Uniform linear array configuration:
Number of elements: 64
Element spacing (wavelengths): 0.5
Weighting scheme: blackman
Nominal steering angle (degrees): -60
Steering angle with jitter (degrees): -58.86
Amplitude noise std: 0.05
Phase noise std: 0.05

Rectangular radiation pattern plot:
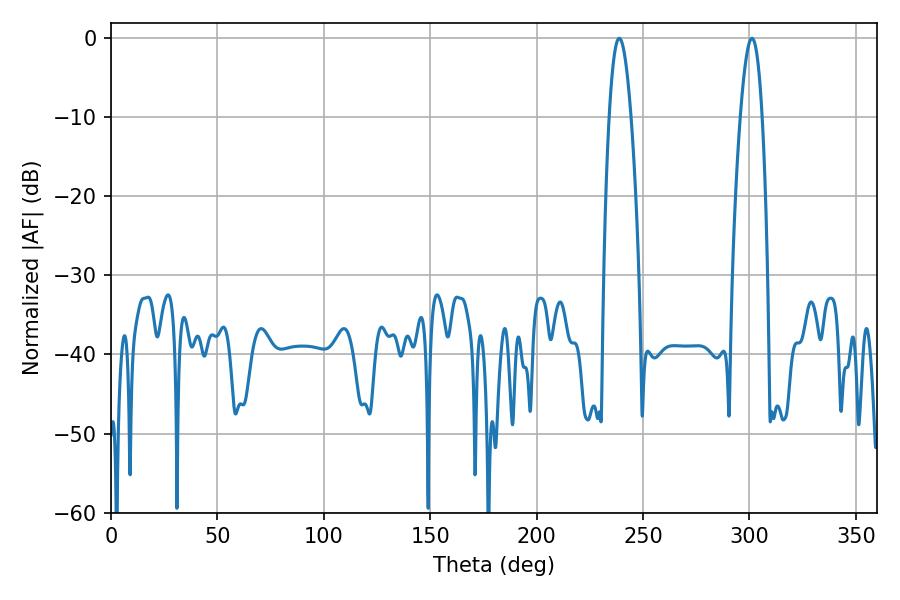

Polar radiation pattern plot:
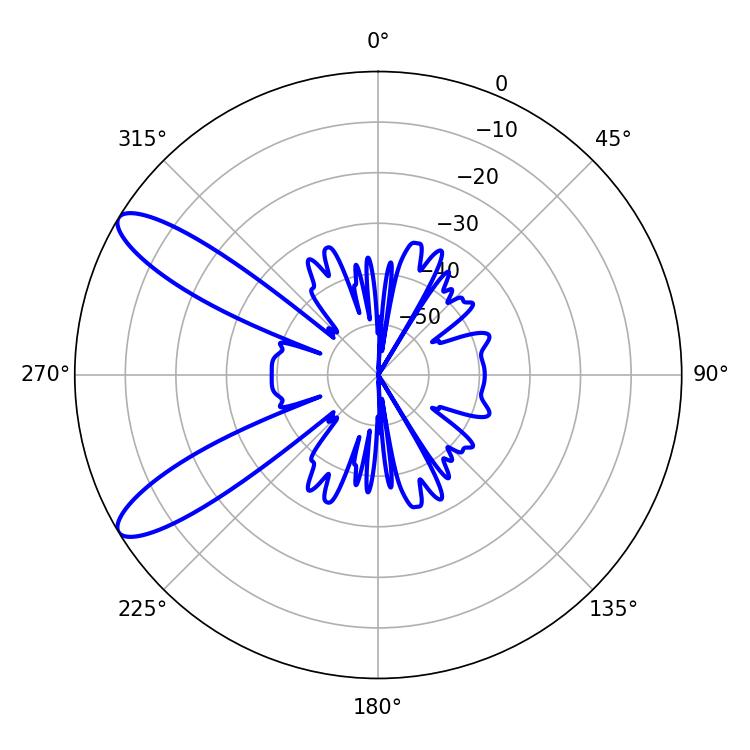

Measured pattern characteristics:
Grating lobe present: FALSE
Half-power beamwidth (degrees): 5.58
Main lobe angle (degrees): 238.86